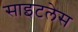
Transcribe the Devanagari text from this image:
साइटलेस